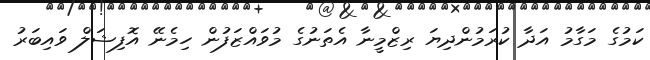
ކަމުގެ މަގާމު އަދާ ކުރަމުންދިޔަ ރިޒްމީނާ އެތަނުގެ މުވައްޒަފުން ހިމެނޭ އޮފިޝަލް ވައިބަރު